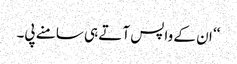
‘‘ ان کے واپس آتے ہی سامنے پی۔